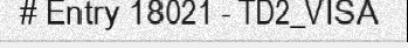
# Entry 18021 - TD2_VISA